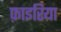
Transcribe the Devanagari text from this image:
फ़ाइरिया